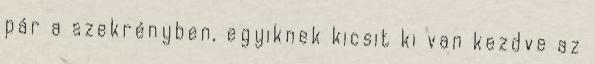
pár a szekrényben, egyiknek kicsit ki van kezdve az